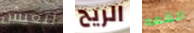
لتعيش الريح القمه